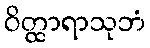
ဝိတ္ထာရာသုဘံ